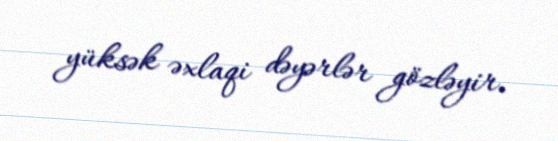
yüksək əxlaqi dəyərlər gözləyir.